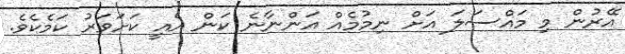
އޭރުން މި މައްސަލަ އަށް ނިމުމެއް އަންނާނެ ކަން އެއީ ކަށަވަރު ކަމެކެވެ.